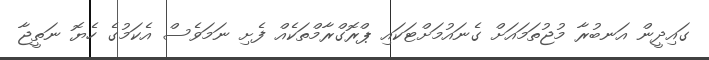
ގައިދީން އަނބުރާ މުޖުތަމައަށް ގެނައުމަށްޓަކައި ޕްރޮގްރާމްތަކެއް ފެށި ނަމަވެސް އެކަމުގެ ހެޔޮ ނަތީޖާ